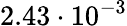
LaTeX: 2.43\cdot 10^{-3}